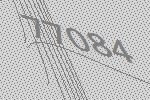
77084